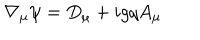
\nabla _ { \mu } \psi = D _ { \mu } + i g q A _ { \mu }